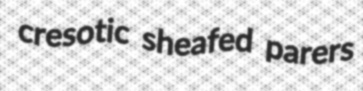
cresotic sheafed parers